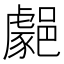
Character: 𨞦